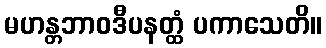
မဟန္တဘာဝဒီပနတ္ထံ ပကာသေတိ။